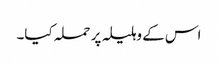
اس کے وہلیلہ پر حملہ کیا۔